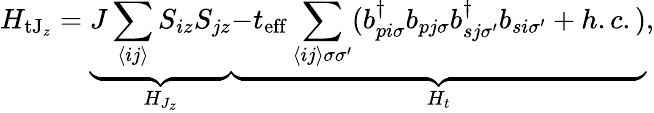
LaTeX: H_{\mathrm{tJ}_{z}}=\underbrace{J\sum_{\langle ij\rangle}S_{iz}S_{jz}}_{H_{J_{z}}}\underbrace{-t_{\mathrm{eff}}\sum_{\langle ij\rangle\sigma\sigma^{\prime}}(b_{pi\sigma}^{\dagger}b_{pj\sigma}b_{sj\sigma^{\prime}}^{\dagger}b_{si\sigma^{\prime}}+h.c.)}_{H_{t}},